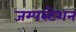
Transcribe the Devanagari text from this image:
जम्पस्टेशन